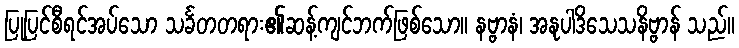
ပြုပြင်စီရင်အပ်သော သင်္ခတတရား၏ဆန့်ကျင်ဘက်ဖြစ်သော။ နဗ္ဗာနံ၊ အနုပါဒိသေသနိဗ္ဗာန် သည်။